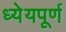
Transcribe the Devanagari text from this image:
ध्येयपूर्ण